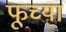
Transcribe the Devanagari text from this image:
फूच्या